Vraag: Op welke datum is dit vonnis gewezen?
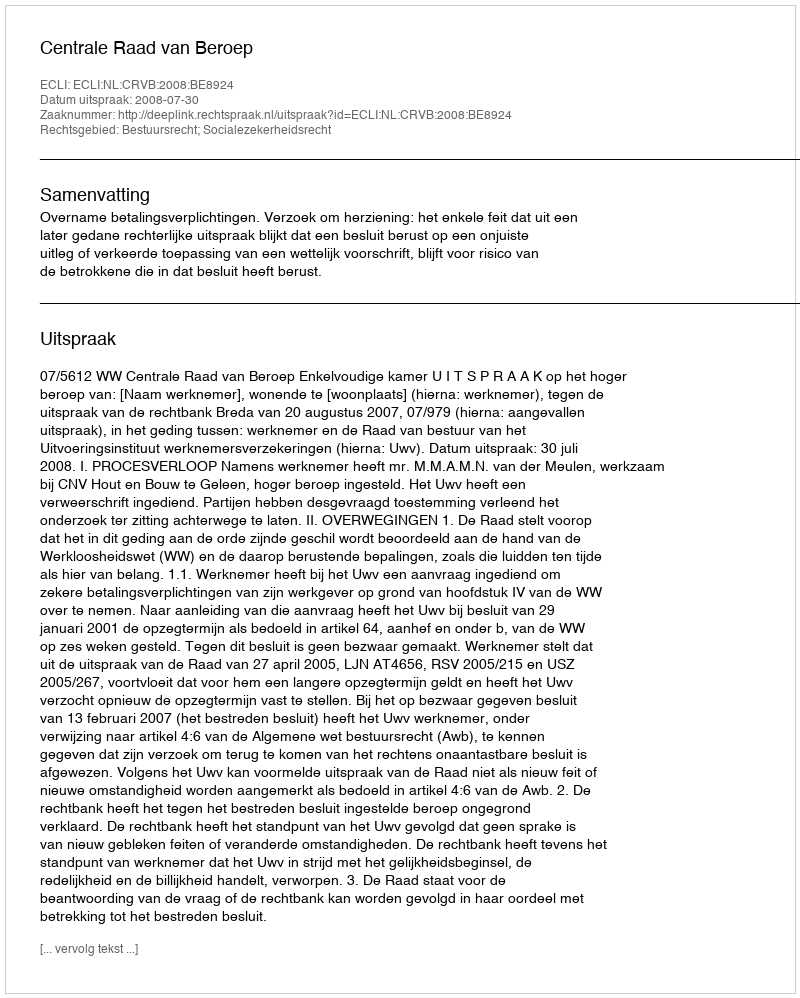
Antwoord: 2008-07-30